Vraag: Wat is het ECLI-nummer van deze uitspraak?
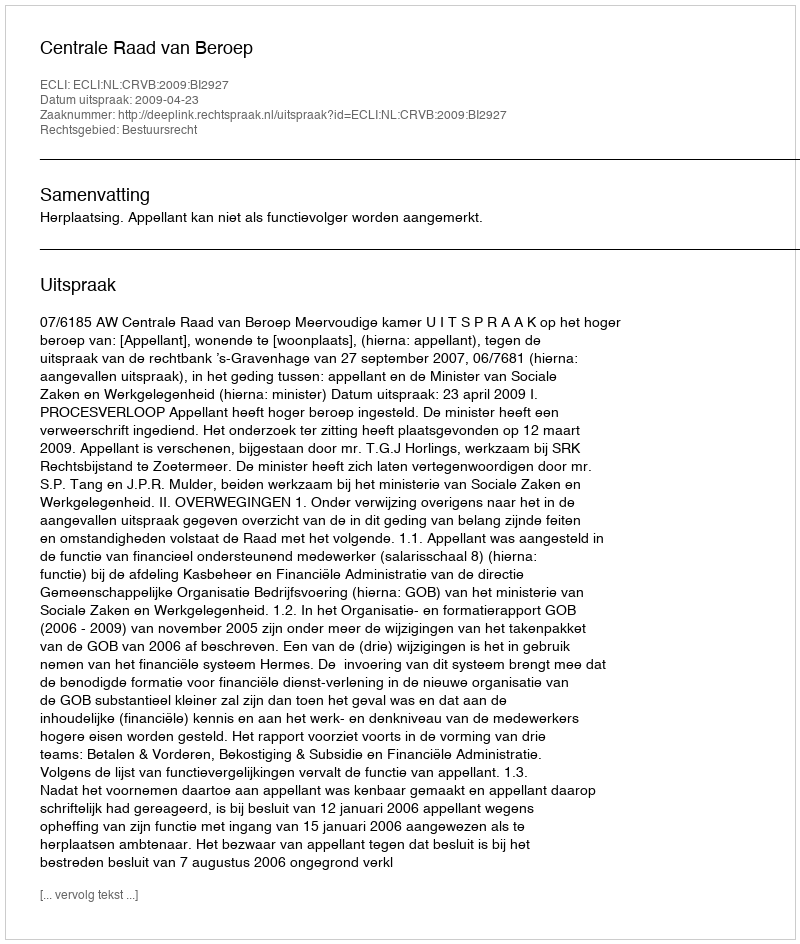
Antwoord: ECLI:NL:CRVB:2009:BI2927